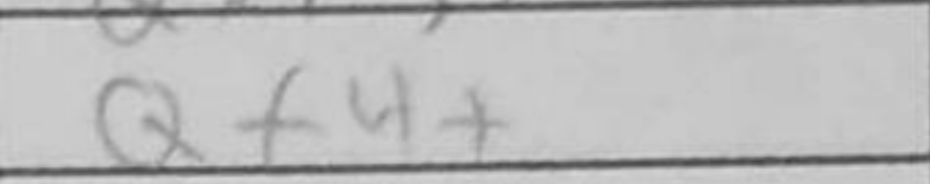
Transcription: Qf4+